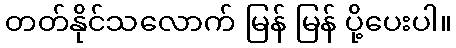
တတ်နိုင်သလောက် မြန် မြန် ပို့ပေးပါ။